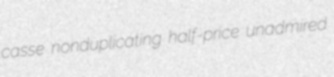
casse nonduplicating half-price unadmired